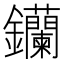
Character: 钄